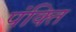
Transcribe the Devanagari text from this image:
पंक्‍ति